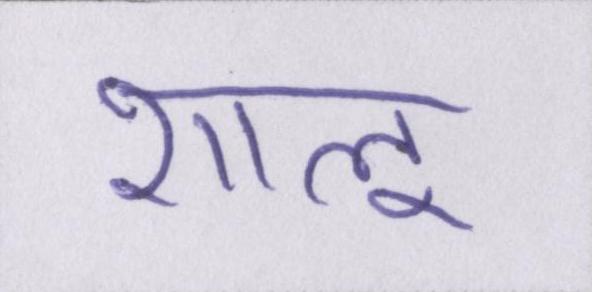
शालू